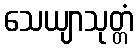
သေယျာသုတ္တံ